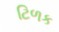
ટિળક